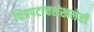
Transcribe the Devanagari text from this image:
चित्रपटांचशंखलेची